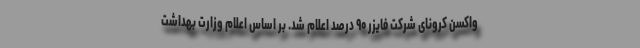
واکسن کرونای شرکت فایزر ۹۰ درصد اعلام شد. بر اساس اعلام وزارت بهداشت